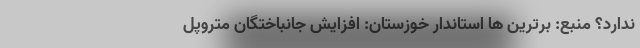
ندارد؟ منبع: برترین ها استاندار خوزستان: افزایش جانباختگان متروپل